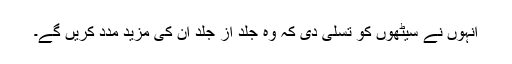
انہوں نے سیٹھوں کو تسلی دی کہ وہ جلد از جلد ان کی مزید مدد کریں گے۔